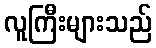
လူကြီးများသည်